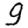
Digit: 9